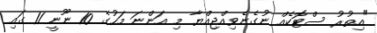
"އިތުރު ސްޓޮކެއް ނުގެނެވިއްޖިއްޔާ މި އަންނަ މަހުގެ 10 ނޫނީ 11 ގައި